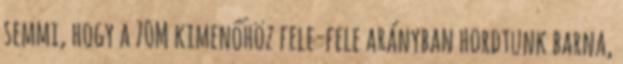
semmi, hogy a 70M kimenőhöz fele-fele arányban hordtunk barna,